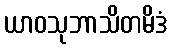
ယာဝသုဘာသိတမိဒံ